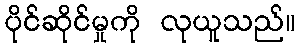
ပိုင်ဆိုင်မှုကို လုယူသည်။